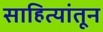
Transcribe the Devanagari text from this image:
साहित्यांतून